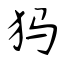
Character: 犸